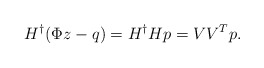
\begin{align*}H^\dagger (\Phi z-q) = H^\dagger Hp = V V^Tp.\end{align*}